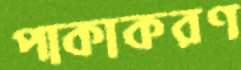
পাকাকরণ